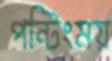
পন্টিংময়